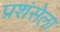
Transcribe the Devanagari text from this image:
प्रशंसेला